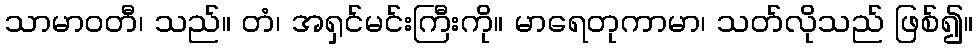
သာမာဝတီ၊ သည်။ တံ၊ အရှင်မင်းကြီးကို။ မာရေတုကာမာ၊ သတ်လိုသည် ဖြစ်၍။